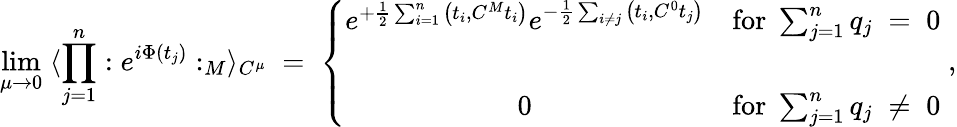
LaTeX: \operatorname*{lim}_{\mu\rightarrow 0}\; \langle\prod_{j=1}^{n}:e^{i\Phi(t_{j})}:_{M}\rangle_{C^{\mu}}\; =\; \left\{ \begin{array}{cc}{{e^{+\frac{1}{2}\sum_{i=1}^{n}\big(t_{i},C^{M}t_{i}\big)}e^{-\frac{1}{2}\sum_{i\neq j}\big(t_{i},C^{0}t_{j}\big)}}}&{{\mathrm{for}\; \sum_{j=1}^{n}q_{j}\; =\; 0}}\\ {{\; }}&{{\; }}\\ {{0}}&{{\mathrm{for}\; \sum_{j=1}^{n}q_{j}\; \neq\; 0}}\end{array}\right.\; ,